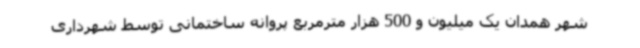
شهر همدان یک میلیون و 500 هزار مترمربع پروانه ساختمانی توسط شهرداری